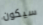
سيكون